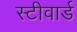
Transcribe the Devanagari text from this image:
स्टीवार्ड